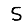
Digit: 5